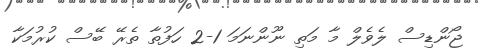
ޖޯންޑިސް ލެވެލް މާ މަތި ނޫންނަމަ 1-2 ހަފުތާ ތެރޭ ބޭސް ކުރުމަކާ